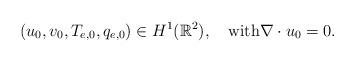
LaTeX: \begin{align*}(u_0, v_0, T_{e,0}, q_{e,0})\in H^1(\mathbb R^2),\quad\mbox{with}\nabla\cdot u_0=0.\end{align*}